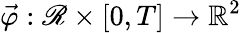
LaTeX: \vec{\varphi}:\mathscr{R}\times[0,T]\to{\mathbb R}^{2}